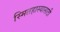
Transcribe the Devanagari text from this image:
स्मितहास्यासाठी